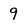
Character: 9